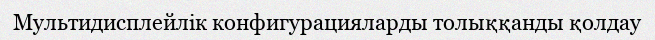
Мультидисплейлік конфигурацияларды толыққанды қолдау